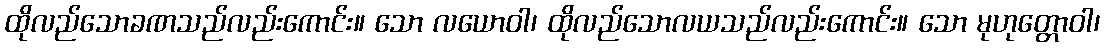
ထိုလည်သောခဏသည်လည်းကောင်း။ သော လယောဝါ၊ ထိုလည်သောလယသည်လည်းကောင်း။ သော မုဟုတ္တောဝါ၊